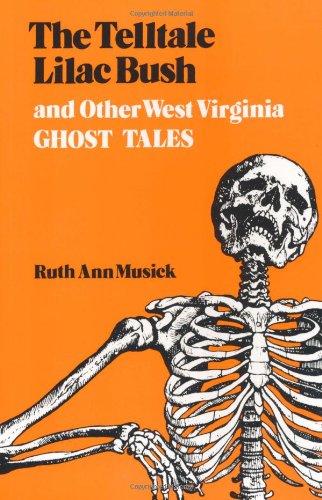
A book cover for The Telltale Lilac Bush and Other West Virginia Ghost Tales; Ruth Musick; Literature & Fiction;